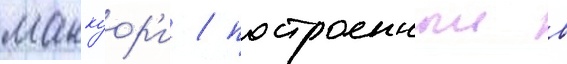
маккуор'и / построенныи в